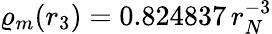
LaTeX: \varrho_{m}(r_{3})=0.824837\, r_{N}^{-3}